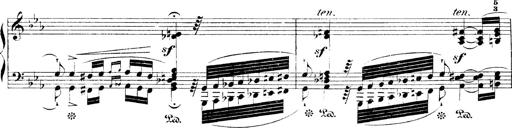
Title: Fantaisie sur l'opÃ©ra hongrois
Composer: Franz Liszt